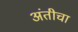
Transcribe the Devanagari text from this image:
अंतीचा